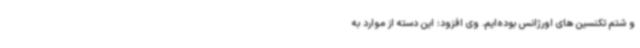
و شتم تکنسین های اورژانس بوده‌ایم. وی افزود: این دسته از موارد به